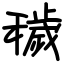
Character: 穢